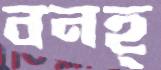
বনহ্